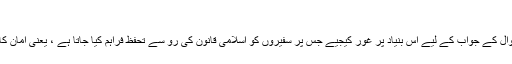
“
اس سوال کے جواب کے لیے اس بنیاد پر غور کیجیے جس پر سفیروں کو اسلامی قانون کی رو سے تحفظ فراہم کیا جاتا ہے ، یعنی امان کا عقد ۔